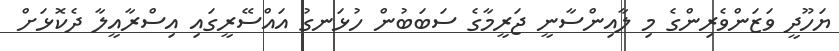
ޔަހޫދީ ވަޒަންވެރިންގެ މި ލާއިންސާނީ ޖަރީމާގެ ސަބަބުން ހުޅަނގު އައްސޭރީގައި އިސްރާއީލާ ދެކޮޅަށް